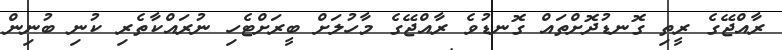
ރާއްޖޭގެ ރީތި ގޮނޑުދޮށްތައް ގޮނޑުވެ ރާއްޖޭގެ މާހުލަށް ބީރަށްޓެހި ނުރައްކާތެރި ކުނި ބުނިން